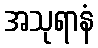
အသုရာနံ